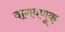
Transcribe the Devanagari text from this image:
वागवणूक